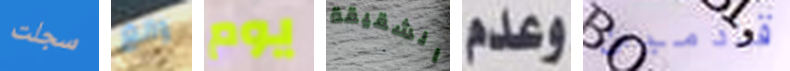
سجلت وانغ يوم الشقيقة وعدم قادمين